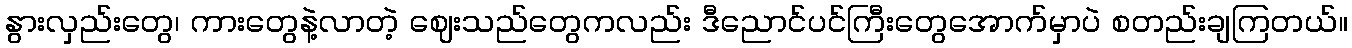
နွားလှည်းတွေ၊ ကားတွေနဲ့လာတဲ့ ဈေးသည်တွေကလည်း ဒီညောင်ပင်ကြီးတွေအောက်မှာပဲ စတည်းချကြတယ်။